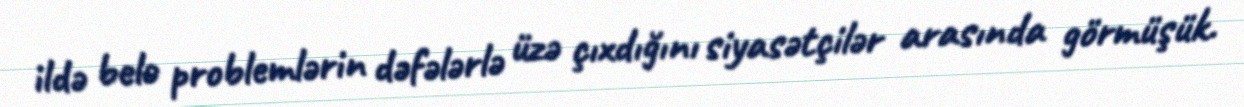
ildə belə problemlərin dəfələrlə üzə çıxdığını siyasətçilər arasında görmüşük.